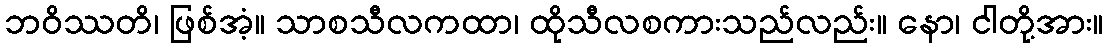
ဘဝိဿတိ၊ ဖြစ်အံ့။ သာစသီလကထာ၊ ထိုသီလစကားသည်လည်း။ နော၊ ငါတို့အား။